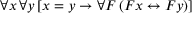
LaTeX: \forall x \, \forall y \, [ x = y \rightarrow \forall F \, ( F x \leftrightarrow F y ) ]